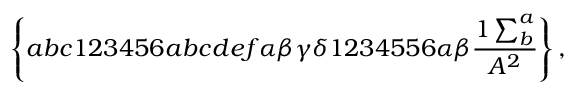
\left\{ a b c 1 2 3 4 5 6 a b c d e f \alpha \beta \gamma \delta 1 2 3 4 5 5 6 \alpha \beta \frac { 1 \sum _ { b } ^ { a } } { A ^ { 2 } } \right\} ,